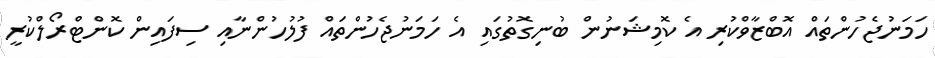
ހަމަނުޖެހުންތައް އޮބްޒާވްކުރި އެ ކޮމިޝަނުން ބުނިގޮތުގައި އެ ހަމަނުޖެހުންތައް ފުލުހުންނާއި ސިފައިން ކޮންޓްރޯލްކުރީ